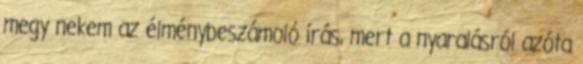
megy nekem az élménybeszámoló írás, mert a nyaralásról azóta